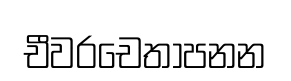
චීවරචෙතාපනන